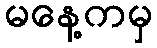
မနေ့ကမှ